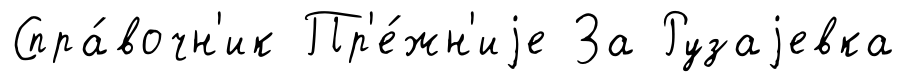
Спра́вочн'ик Пр'е́жн'иjе За Рузаjевка